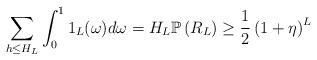
LaTeX: \begin{align*} \sum_{h \leq H_{L}} \int^{1}_{0} 1_{L} (\omega) d \omega = H_{L} \mathbb{P}\left(R_{L}\right) \geq \frac{1}{2} \left(1+\eta\right)^{L}\end{align*}